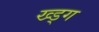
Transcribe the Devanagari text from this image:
ख्ड्ग